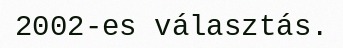
2002-es választás.